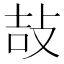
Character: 𢼣